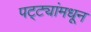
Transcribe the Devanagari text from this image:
पट्ट्यांमधून